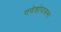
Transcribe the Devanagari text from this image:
गणेशोपासना